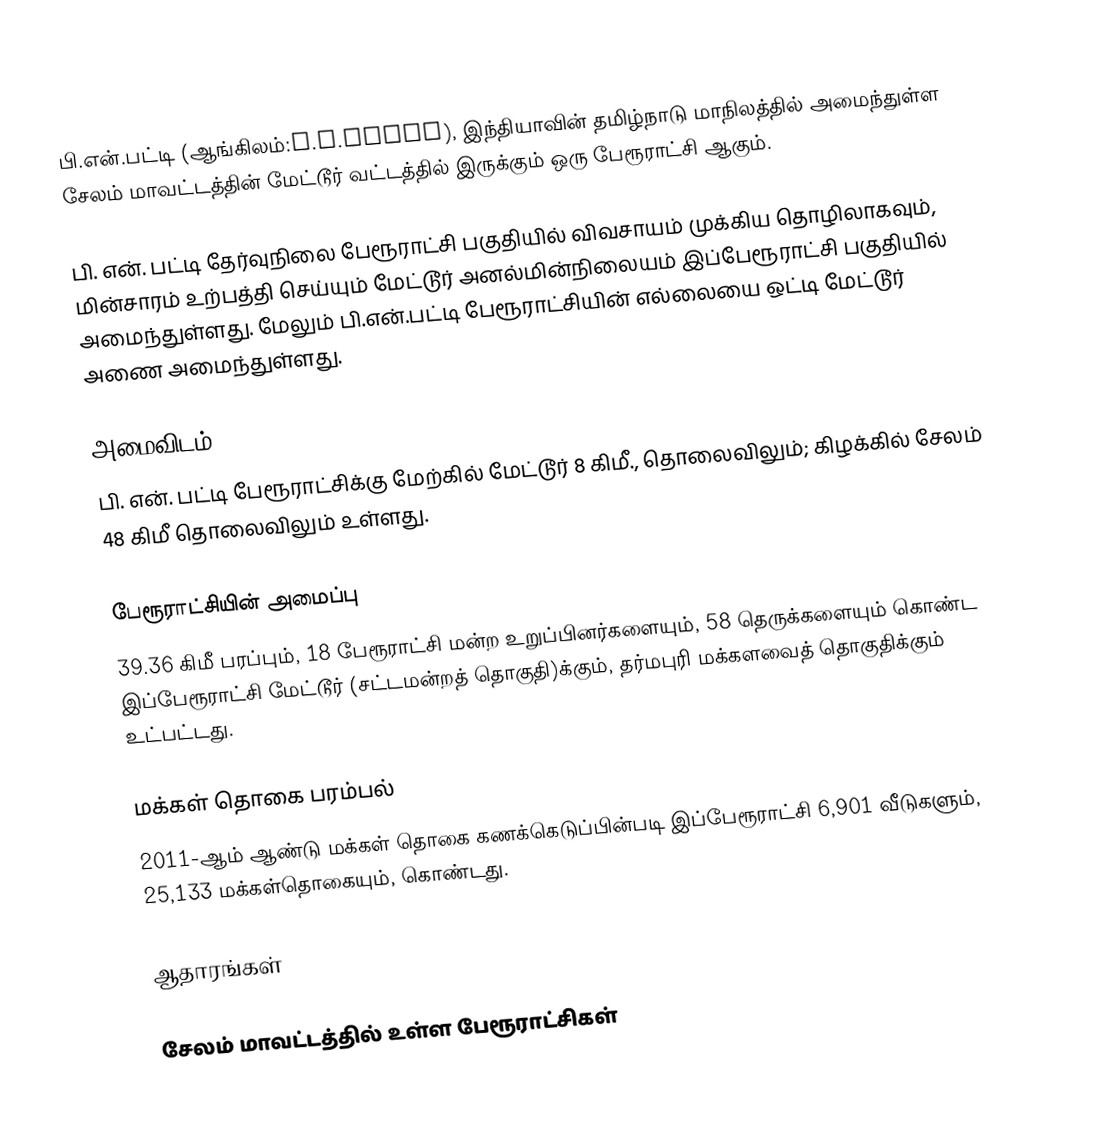
பி.என்.பட்டி (ஆங்கிலம்:P.N.Patti), இந்தியாவின் தமிழ்நாடு மாநிலத்தில் அமைந்துள்ள சேலம் மாவட்டத்தின் மேட்டூர் வட்டத்தில்  இருக்கும் ஒரு பேரூராட்சி ஆகும்.

பி. என். பட்டி தேர்வுநிலை பேரூராட்சி பகுதியில் விவசாயம் முக்கிய தொழிலாகவும், மின்சாரம் உற்பத்தி செய்யும் மேட்டூர் அனல்மின்நிலையம் இப்பேரூராட்சி பகுதியில் அமைந்துள்ளது. மேலும் பி.என்.பட்டி பேரூராட்சியின் எல்லையை ஒட்டி மேட்டூர் அணை அமைந்துள்ளது.

அமைவிடம்
பி. என். பட்டி பேரூராட்சிக்கு மேற்கில் மேட்டூர் 8 கிமீ., தொலைவிலும்; கிழக்கில் சேலம் 48 கிமீ தொலைவிலும் உள்ளது.

பேரூராட்சியின் அமைப்பு
39.36 கிமீ பரப்பும், 18  பேரூராட்சி மன்ற உறுப்பினர்களையும், 58 தெருக்களையும்  கொண்ட இப்பேரூராட்சி மேட்டூர் (சட்டமன்றத் தொகுதி)க்கும், தர்மபுரி மக்களவைத் தொகுதிக்கும் உட்பட்டது.

மக்கள் தொகை பரம்பல்
2011-ஆம் ஆண்டு மக்கள் தொகை கணக்கெடுப்பின்படி  இப்பேரூராட்சி 6,901 வீடுகளும்,     25,133 மக்கள்தொகையும், கொண்டது.

ஆதாரங்கள்

சேலம் மாவட்டத்தில் உள்ள பேரூராட்சிகள்